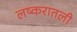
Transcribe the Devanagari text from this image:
लष्करातली